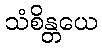
သံစိန္တယေ